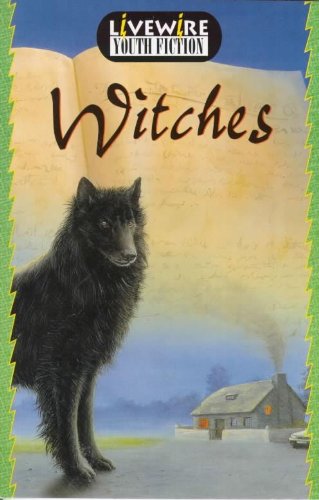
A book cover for Witches: Youth Fiction (Livewire youth fiction); Iris Howden; Teen & Young Adult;